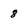
Character: 8